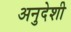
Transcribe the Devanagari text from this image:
अनुदेशी